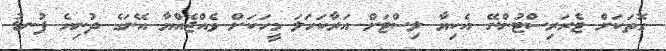
ގޮތަކަށް ޓެރަރިސްޓުންނޭ އެކިޔާ ލިސްޓަށް އަރާކަހަލަ މީހަކަށް ވެއްޖެއްޔާ އޭނަގެ ދުނިޔެ ފުނޑު